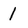
Character: 1